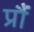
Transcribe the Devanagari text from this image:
प्रौं